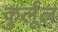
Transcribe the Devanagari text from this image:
कुर्लूल